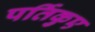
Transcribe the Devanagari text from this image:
पर्तिकुए